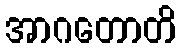
အာဂတောတိ